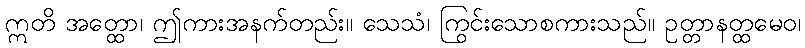
ဣတိ အတ္ထော၊ ဤကားအနက်တည်း။ သေသံ၊ ကြွင်းသောစကားသည်။ ဥတ္တာနတ္ထမေဝ၊